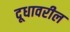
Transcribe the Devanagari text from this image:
दूधावरील